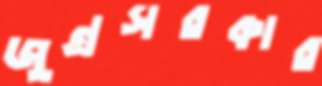
জুন্রসরকার